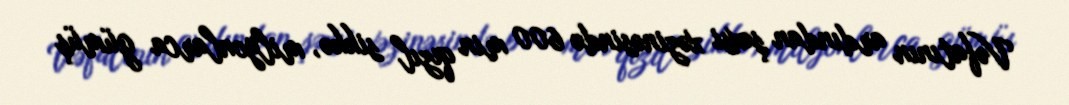
Vəfatının ardından şəxsi xəzinəsində 600 min qızıl sikkə, milyonlarca gümüş